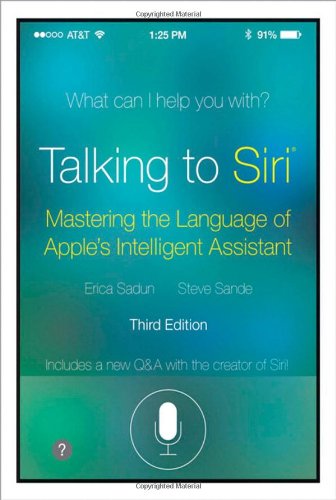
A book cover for Talking to Siri: Mastering the Language of Apple's Intelligent Assistant (3rd Edition); Erica Sadun; Computers & Technology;